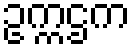
ဥက္ကဌက